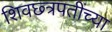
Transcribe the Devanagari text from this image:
शिवछ्त्रपतींच्या